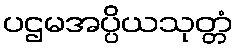
ပဌမအပ္ပိယသုတ္တံ